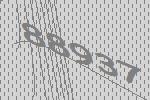
88937